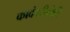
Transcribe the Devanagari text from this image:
कादंबरीनेही